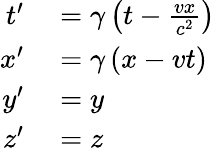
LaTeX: \begin{array}{rl}{t^{\prime}}&{{}=\gamma\left(t-{\frac{vx}{c^{2}}}\right)}\\ {x^{\prime}}&{{}=\gamma\left(x-vt\right)}\\ {y^{\prime}}&{{}=y}\\ {z^{\prime}}&{{}=z}\end{array}